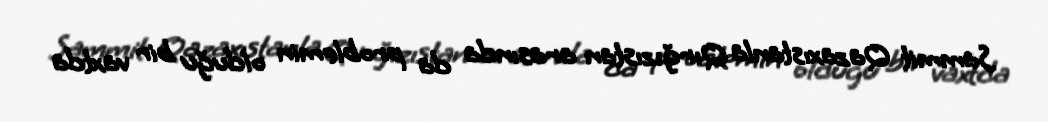
Sammit Qazaxıstanla Qırğızıstan arasında da problemin olduğu bir vaxtda